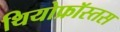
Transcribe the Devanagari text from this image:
थियोफ्रॉस्तस